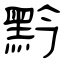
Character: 黔